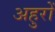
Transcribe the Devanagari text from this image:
अहुरों